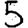
Digit: 5